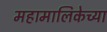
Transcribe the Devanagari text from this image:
महामालिकेच्या